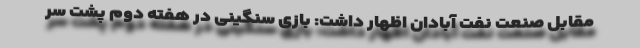
مقابل صنعت نفت آبادان اظهار داشت: بازی سنگینی در هفته دوم پشت سر